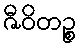
ဇီဝိတဉ္စ